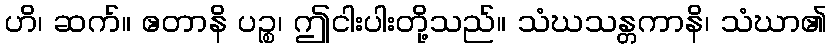
ဟိ၊ ဆက်။ ဧတာနိ ပဉ္စ၊ ဤငါးပါးတို့သည်။ သံဃသန္တကာနိ၊ သံဃာ၏